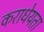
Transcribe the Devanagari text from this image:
कराधेयता